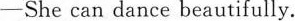
-She can dance beautifully.